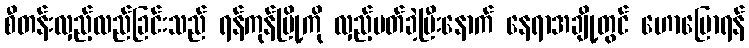
စီတန်းလှည့်လည်ခြင်းသည် ရန်ကုန်မြို့ကို လှည့်ပတ်ခဲ့ပြီးနောက် နေရာအချို့တွင် ဟောပြောရန်